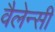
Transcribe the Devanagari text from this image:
वैलेन्सी